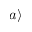
| a \rangle